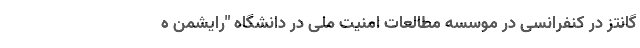
گانتز در کنفرانسی در موسسه مطالعات امنیت ملی در دانشگاه "رایشمن ه